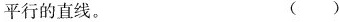
平行的直线。 ( )